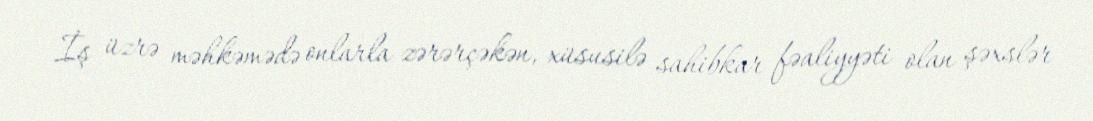
İş üzrə məhkəmədə onlarla zərərçəkən, xüsusilə sahibkar fəaliyyəti olan şəxslər